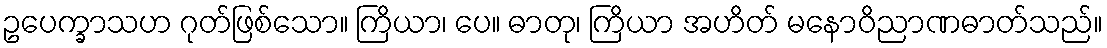
ဥပေက္ခာသဟ ဂုတ်ဖြစ်သော။ ကြိယာ၊ ပေ။ ဓာတု၊ ကြိယာ အဟိတ် မနောဝိညာဏဓာတ်သည်။